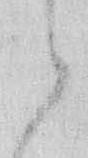
々